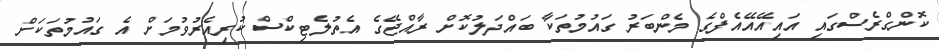
ކޮންގްރެސްގައި އައިއޭއޭއެފްގެ މެންބަރު ގައުމުތަކާ ބައްދަލުކޮށް ރާއްޖޭގެ އެތުލެޓިކްސް ކުރިއެރުވުމަށް އެ ގައުމުތަކަށް